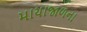
માયાજાળના